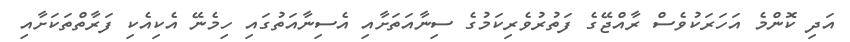
އަދި ކޮންމެ އަހަރަކުވެސް ރާއްޖޭގެ ފަތުރުވެރިކަމުގެ ސިނާއަތަށާއި އެސިނާއަތުގައި ހިމެނޭ އެކިއެކި ފަރާތްތަކަށާއި